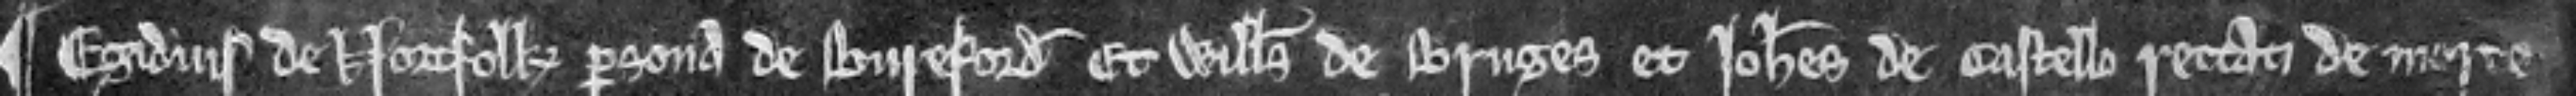
¶ Egidius de Nortfolk persona de Bureford et Willelmus de Bruges et Johannes de Castello rettati de morte